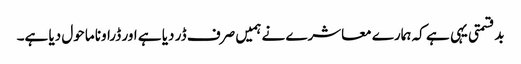
بدقسمتی یہی ہے کہ ہمارے معاشرے نے ہمیں صرف ڈر دیا ہے اور ڈراونا ماحول دیا ہے۔